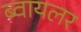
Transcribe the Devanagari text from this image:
ब्वायलर